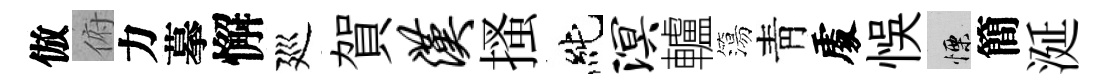
倣俯力摹懈廵賀汉搔純溟轤簜靑𠁅悞慄簡涎